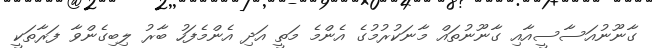
ގާނޫނުއަސާސީއާއި ގާނޫނުތައް މާނަކުރުމުގެ އެންމެ މަތީ އަދި އެންމެފަހު ބާރު ލިބިގެންވާ ފަރާތަކީ